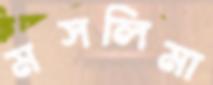
মসলিমা